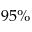
9 5 \%